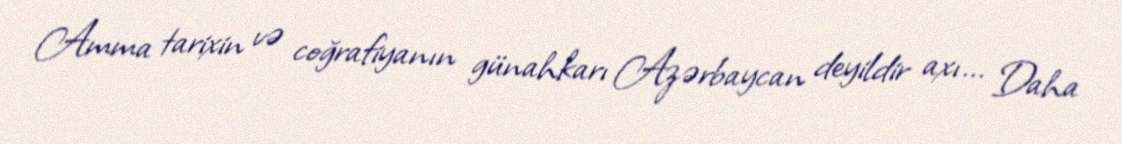
Amma tarixin və coğrafiyanın günahkarı Azərbaycan deyildir axı... Daha